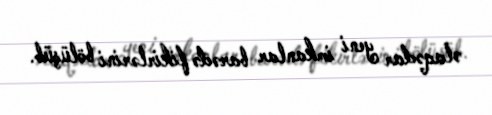
əlaqədar yeni imkanlar barədə fikirlərini bölüşüb.